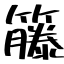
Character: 籐